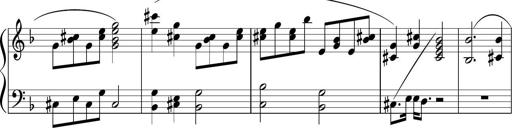
Title: Sonataette
Composer: Gergely Laszlo Matyas Jambor